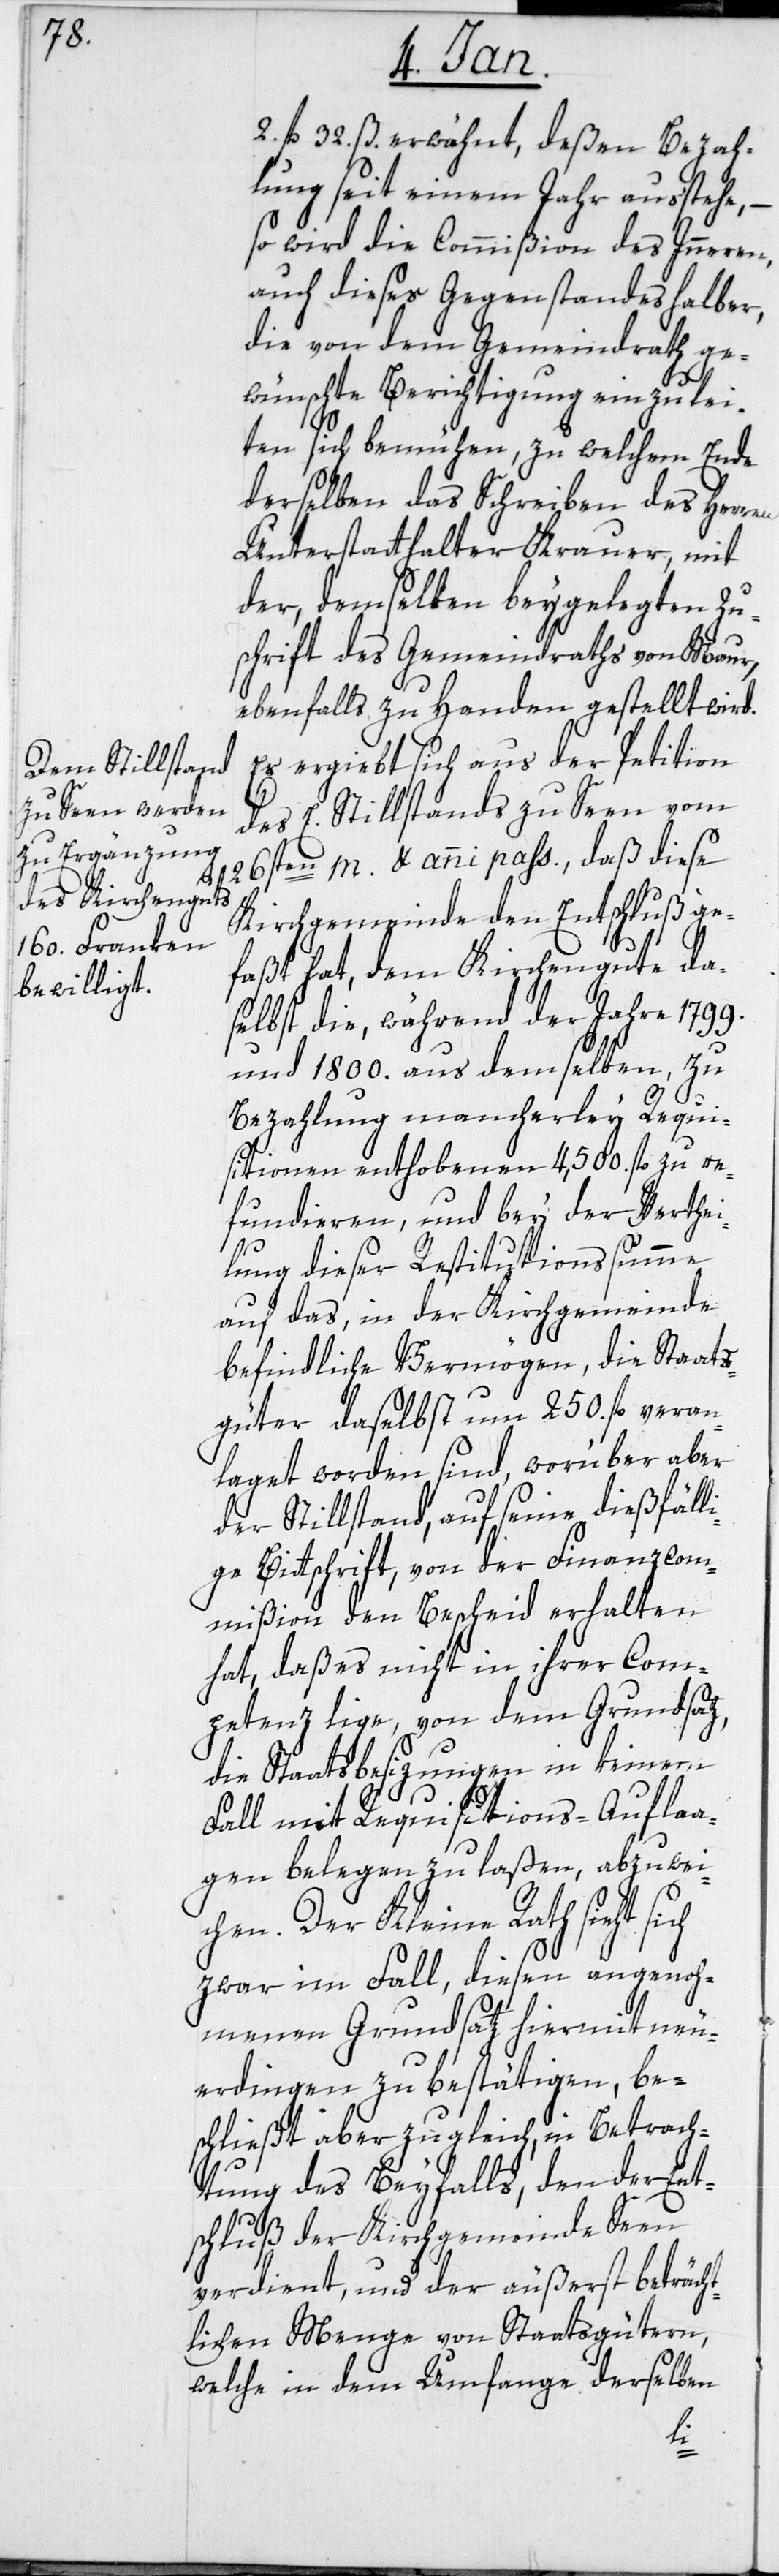
2 fl. 32 ß erwähnt, deßen Bezah¬
lung seit einem Jahr ausstehe,
so wird die Commißion des Inneren
auch dieses Gegenstandes halber,
die von dem Gemeindrath ge¬
wünschte Berichtigung einzulei¬
ten sich bemühen, zu welchem Ende
derselben das Schreiben des Herren
Unterstatthalter Krauer, mit
der, demselben beygelegten Zu¬
schrift des Gemeindraths von Maur,
ebenfalls zu Handen gestellt wird.
Es ergiebt sich aus der Petition
des E. Stillstands zu Seen vom
26sten m. & anni pass., daß diese
Kirchgemeinde den Entschluß ge¬
faßt hat, dem Kirchengute da¬
selbst die, während der Jahre 1799.
und 1800. aus demselben, zu
Bezahlung mancherley Requi¬
sitionen enthobenen 4500 fl. zu re¬
fundieren, und bey der Verthei¬
lung dieser Restitutions-Summe
auf das, in der Kirchgemeinde
befindliche Vermögen, die Staats¬
güte daselbst um 250 fl. veran¬
laget worden sind, worüber aber
der Stillstand, auf seine dießfäll¬
ige Bittschrift, von der Finanzcom¬
mißion den Bescheid erhalten
hat, daß es nicht in ihrer Conm¬
petenz liege, von dem Grundsatz,
die Staatsbesitzungen in keinem
Fall mit Requisitions-Aufla¬
gen belegen zu laßen, abzuwei¬
chen. Der Kleine Rath sieht sich
zwar im Fall, diesen angenom¬
menen Grundsatz hiermit neu¬
erdingen zu bestätigen, be¬
schließt aber zugleich, in Betrach¬
tung des Beyfalls, den der Ent¬
schluß der Kirchgemeinde Seen
verdient, und der äußerst beträcht¬
lichen Menge von Staatsgütern,
welche in dem Umfange derselben